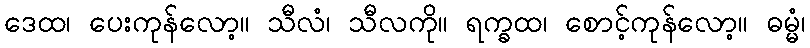
ဒေထ၊ ပေးကုန်လော့။ သီလံ၊ သီလကို။ ရက္ခထ၊ စောင့်ကုန်လော့။ ဓမ္မံ၊